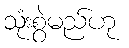
သုံးစွဲမည်ဟု